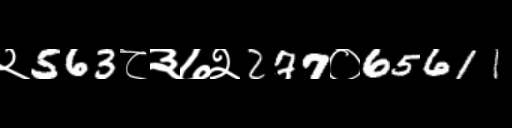
Text: २563८३७२277०65611